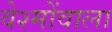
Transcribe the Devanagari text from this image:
वेश्मोंवाला